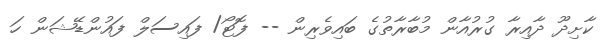
ކާށިދޫ ދާއިރާ ގުރުއާން މުބާރާތުގެ ބައިވެރިން -- ފޮޓޯ/ ފައިސަލް ފައުންޑޭޝަން ހަ